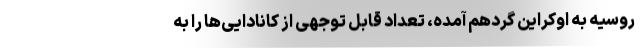
روسیه به اوکراین گردهم آمده، تعداد قابل توجهی از کانادایی‌ها را به